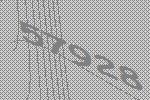
57928